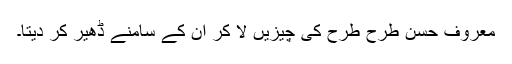
معروف حسن طرح طرح کی چیزیں لا کر ان کے سامنے ڈھیر کر دیتا۔